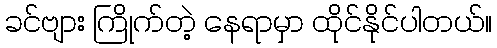
ခင်ဗျား ကြိုက်တဲ့ နေရာမှာ ထိုင်နိုင်ပါတယ်။